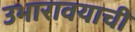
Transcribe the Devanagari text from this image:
उभारावयाची